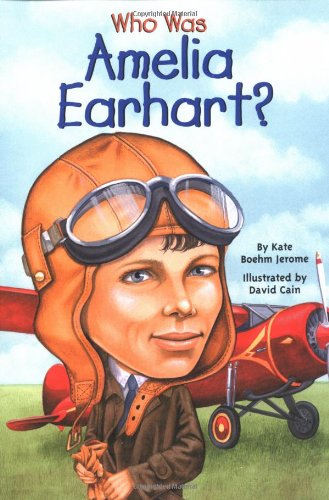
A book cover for Who Was Amelia Earhart?; Kate Boehm Jerome; Children's Books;